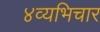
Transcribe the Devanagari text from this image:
४व्यभिचार